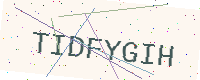
Text: TIDFYGIH